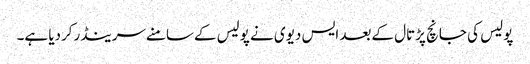
پولیس کی جانچ پڑتال کےبعد ایس دیوی نے پولیس کےسامنےسرینڈرکردیا ہے۔